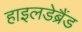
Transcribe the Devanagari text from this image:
हाइलडेब्रैंड